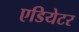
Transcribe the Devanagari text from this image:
एडियेटर